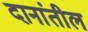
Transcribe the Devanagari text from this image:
दानांतील